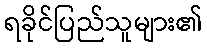
ရခိုင်ပြည်သူများ၏